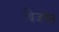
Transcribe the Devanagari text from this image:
बिजनेस